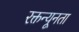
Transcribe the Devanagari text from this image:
रक्तन्यूनता